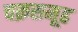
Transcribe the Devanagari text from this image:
चक्रसमूह